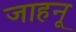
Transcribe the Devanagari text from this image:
जाहनू